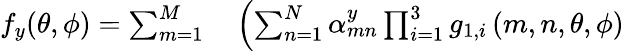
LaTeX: \begin{array}{rl}{f_{y}(\theta,\phi)=\sum_{m=1}^{M}}&{{}\left(\sum_{n=1}^{N}\alpha_{mn}^{y}\prod_{i=1}^{3}{g_{1,i}}\left(m,n,\theta,\phi\right)\right.}\end{array}